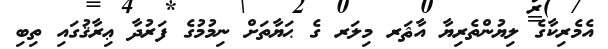
އެމެރިކާގެ ލިޔުންތެރިޔާ އާޘަރ މިލަރ ގެ ޙަޔާތަށް ނިމުމުގެ ފަރުދާ ޢިރާޤުގައި ތިބި